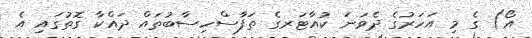
އޯ) ގެ މި އަހަރުގެ ދެވަނަ ކުއާޓަރގެ ތަފާސްހިސާބުތައް ދައްކާ ގޮތުގައި އެ